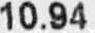
10.94